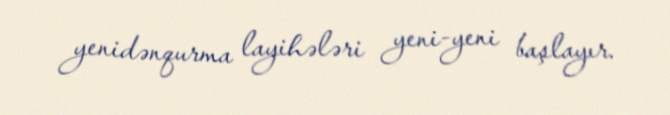
yenidənqurma layihələri yeni-yeni başlayır.